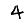
Digit: 4